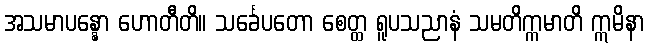
အသမာပန္နော ဟောတီတိ။ သင်္ခေပတော စေတ္ထ ရူပသညာနံ သမတိက္ကမာတိ ဣမိနာ